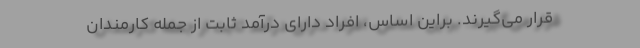
قرار می‌گیرند. براین اساس، افراد دارای درآمد ثابت از جمله کارمندان